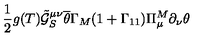
\frac { 1 } { 2 } g ( T ) \tilde { \mathcal { G } } _ { S } ^ { \mu \nu } \overline { { \theta } } \Gamma _ { M } ( 1 + \Gamma _ { 1 1 } ) \Pi _ { \mu } ^ { M } \partial _ { \nu } \theta